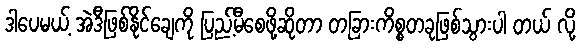
ဒါပေမယ့် အဲဒီဖြစ်နိုင်ချေကို ပြည့်မီစေဖို့ဆိုတာ တခြားကိစ္စတခုဖြစ်သွားပါ တယ် လို့